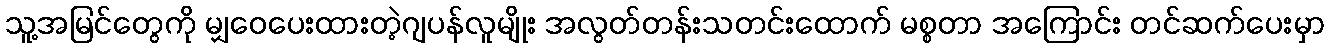
သူ့အမြင်တွေကို မျှဝေပေးထားတဲ့ဂျပန်လူမျိုး အလွတ်တန်းသတင်းထောက် မစ္စတာ အကြောင်း တင်ဆက်ပေးမှာ